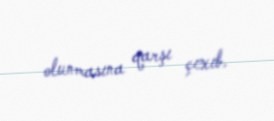
olunmasına qarşı çıxıb.